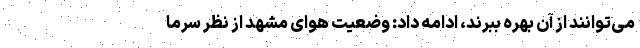
می‌توانند از آن بهره ببرند، ادامه داد: وضعیت هوای مشهد از نظر سرما